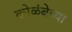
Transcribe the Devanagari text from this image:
कोळंबेच्या